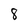
Character: 8